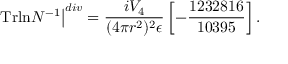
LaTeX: \left. \mathrm { T r l n } N ^ { - 1 } \right\vert ^ { d i v } = \frac { i V _ { 4 } } { ( 4 \pi r ^ { 2 } ) ^ { 2 } \epsilon } \left[ - \frac { 1 2 3 2 8 1 6 } { 1 0 3 9 5 } \right] .